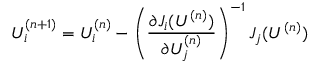
U _ { i } ^ { ( n + 1 ) } = U _ { i } ^ { ( n ) } - \left( \frac { \partial J _ { i } ( U ^ { ( n ) } ) } { \partial U _ { j } ^ { ( n ) } } \right) ^ { - 1 } J _ { j } ( U ^ { ( n ) } )